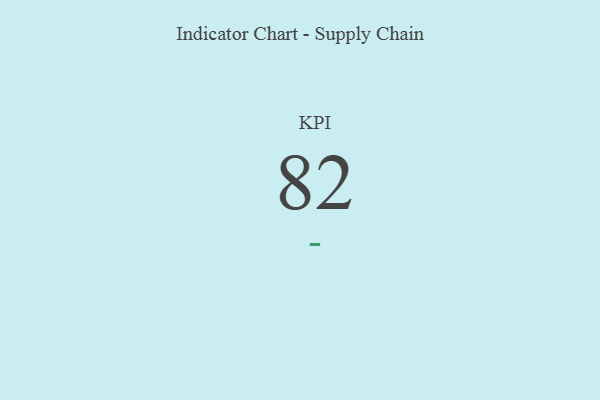
{"axis": {"x": "KPI", "y": "Value"}, "legend": [""], "data": [{"x": "KPI", "y": 82, "type": ""}]}